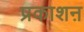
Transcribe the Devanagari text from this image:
प्रकाशऩ